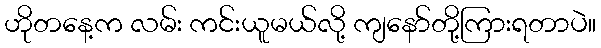
ဟိုတနေ့က လမ်း ကင်းယူမယ်လို့ ကျနော်တို့ကြားရတာပဲ။